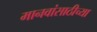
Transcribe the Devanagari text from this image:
मानवांसाठीच्या